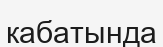
кабатында